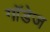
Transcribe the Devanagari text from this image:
गॉडेज